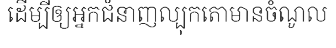
ដើម្បីឲ្យអ្នកជំនាញល្បុកតោមានចំណូល